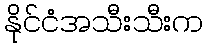
နိုင်ငံအသီးသီးက